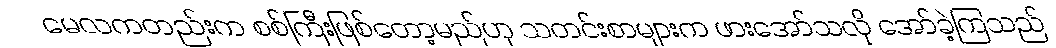
မေလကတည်းက စစ်ကြီးဖြစ်တော့မည်ဟု သတင်းစာများက ဖားအော်သလို အော်ခဲ့ကြသည်